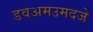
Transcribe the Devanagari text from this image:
डवअमउमदजे